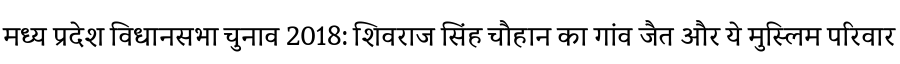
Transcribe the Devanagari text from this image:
मध्य प्रदेश विधानसभा चुनाव 2018: शिवराज सिंह चौहान का गांव जैत और ये मुस्लिम परिवार